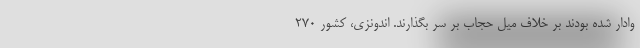
وادار شده بودند بر خلاف میل حجاب بر سر بگذارند. اندونزی، کشور ۲۷۰